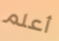
أعلم